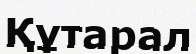
Құтарал